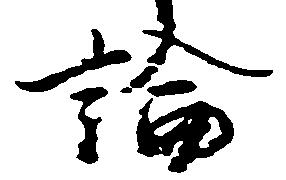
論